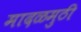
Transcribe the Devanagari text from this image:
मादळमुठी